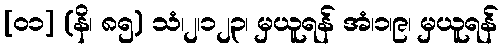
[၀၁] (နိ၊ ၈၅) သံ၊၂၊၁၂၃၊ မှယူရန် အံ၊၁၊၉၊ မှယူရန်